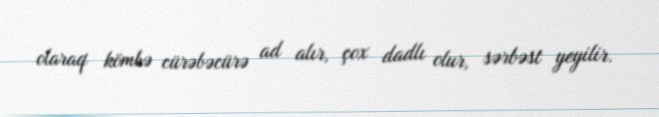
olaraq kömbə cürəbəcürə ad alır, çox dadlı olur, sərbəst yeyilir.